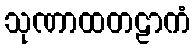
သုဏာထတဠာကံ